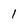
Character: 1